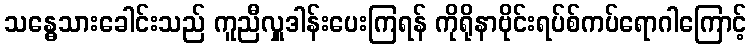
သန္ဓေသားခေါင်းသည် ကူညီလှူဒါန်းပေးကြရန် ကိုရိုနာဗိုင်းရပ်စ်ကပ်ရောဂါကြောင့်